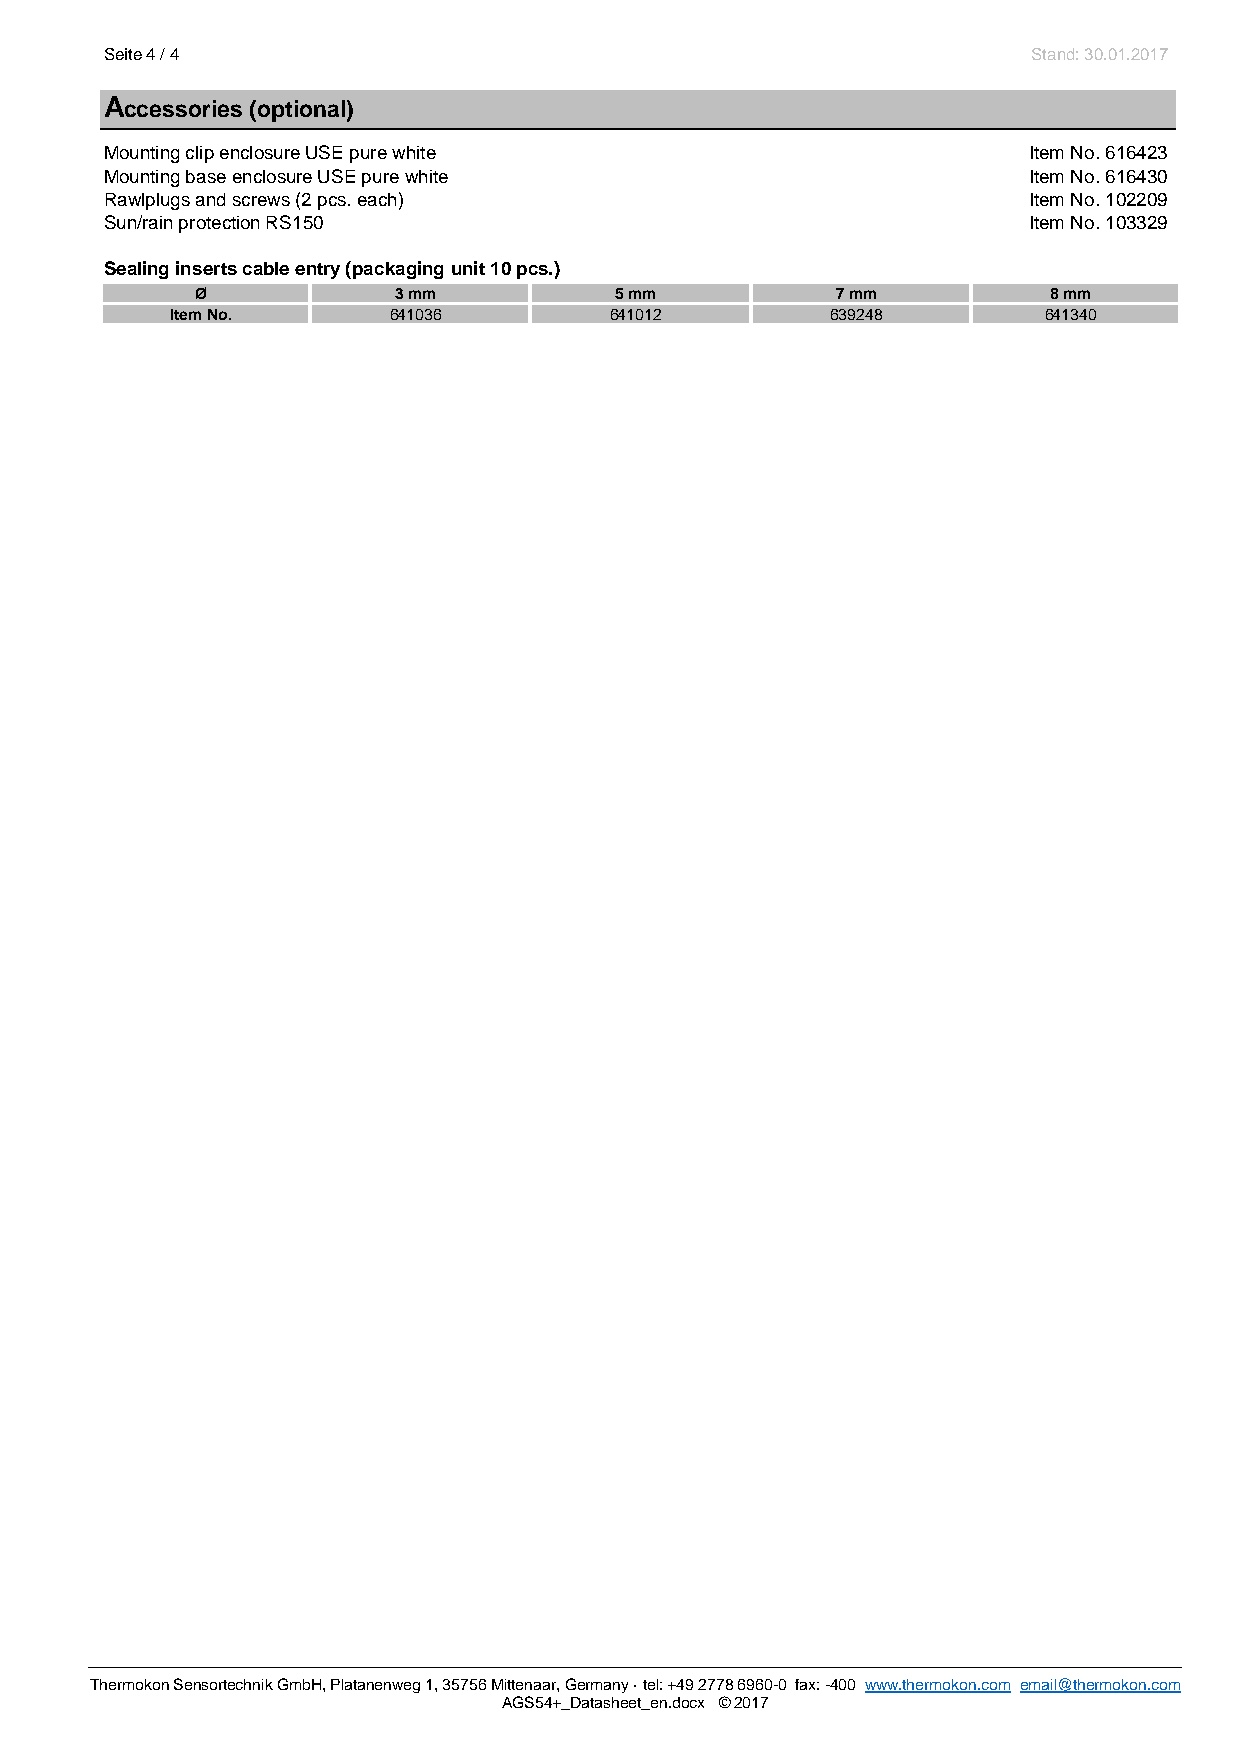
Seite 4 / 4                                                  Stand: 30.01.2017
 Accessories (optional)
 Mounting clip enclosure USE pure white                       Item No. 616423
 Mounting base enclosure USE pure white                       Item No. 616430
 Rawlplugs and screws (2 pcs. each)                           Item No. 102209
 Sun/rain protection RS150                                    Item No. 103329
 Sealing inserts cable entry (packaging unit 10 pcs.)
 Ø            3 mm           5 mm          7 mm          8 mm
 Item No.       641036        641012         639248        641340
 Thermokon Sensortechnik GmbH, Platanenweg 1, 35756 Mittenaar, Germany · tel: +49 2778 6960-0 fax: -400 www.thermokon.com email@thermokon.com
 AGS54+_Datasheet_en.docx © 2017